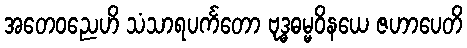
အတေဝညေဟိ သံသာရပင်္ကတော ဗုဒ္ဓဓမ္မဝိနယေ ဇဟာပေတိ